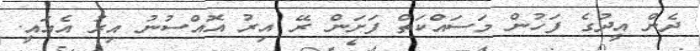
ދެން އީދުގެ ފަހުން މަސައްކަތް ފަށަން ރޭ އިރު އޮއްސުނު އިރު އެއައީ.